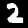
Digit: 2